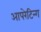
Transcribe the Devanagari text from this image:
आपरेटिन्ग